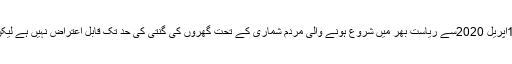
بھٹکل تحصیلدار کی معرفت وزیراعلی کرناٹک کے نام پیش کئے گئے میمورنڈم کے مطابق 15اپریل 2020سے ریاست بھر میں شروع ہونے والی مردم شماری کے تحت گھروں کی گنتی کی حد تک قابل اعتراض نہیں ہے لیکن مردم شماری کے نام پر این پی آر کی جانکاری جمع کرنے کی کوشش نہیں کی جانی چاہئے ۔